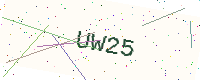
Text: UW25